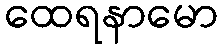
ထေရနာမော